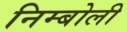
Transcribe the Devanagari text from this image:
निम्‍बोली